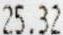
25.32